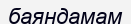
баяндамам